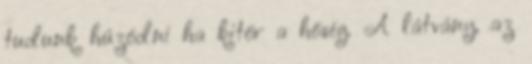
tudunk húzódni ha kitör a hőség. A látvány, az